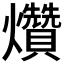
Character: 𤓎